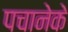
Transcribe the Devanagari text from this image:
पचानेके